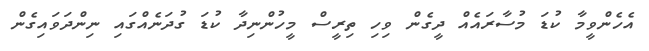
އެހެންވީމާ ކުޑަ މުސާރައެއް ދީގެން ވިހި ތިރީސް މީހުންނިދާ ކުޑަ ގުދަނެއްގައި ނިންދަވައިގެން